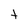
Character: t